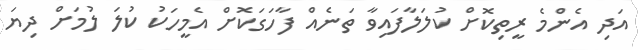
އަދި އެންމެ ރީތިކޮށް ކުލަލާފައިވާ ތަނެއް ފާހަގަކޮށް އެމީހަކު ކުލަ ލުމަށް ދިޔަ